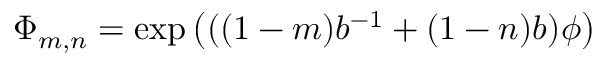
\Phi _ { m , n } = \exp \left( ( ( 1 - m ) b ^ { - 1 } + ( 1 - n ) b ) \phi \right)